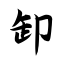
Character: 卸